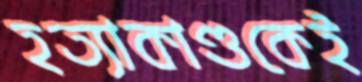
হত্যাকাণ্ডকেই